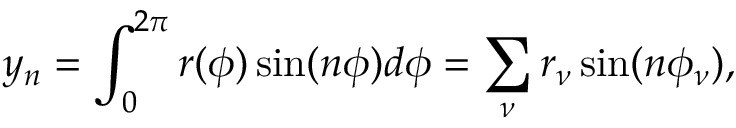
y _ { n } = \int _ { 0 } ^ { 2 \pi } r ( \phi ) \sin ( n \phi ) d \phi = \sum _ { \nu } r _ { \nu } \sin ( n \phi _ { \nu } ) ,